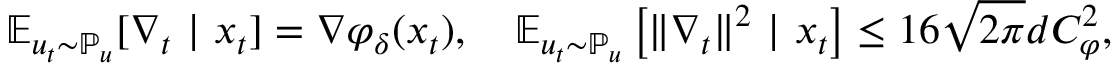
\begin{array} { r } { { \mathbb { E } } _ { u _ { t } \sim { \mathbb { P } } _ { u } } [ \nabla _ { t } ~ | ~ x _ { t } ] = \nabla \varphi _ { \delta } ( x _ { t } ) , \quad { \mathbb { E } } _ { u _ { t } \sim { \mathbb { P } } _ { u } } \left[ \Vert \nabla _ { t } \Vert ^ { 2 } ~ | ~ x _ { t } \right] \le 1 6 \sqrt { 2 \pi } d C _ { \varphi } ^ { 2 } , } \end{array}